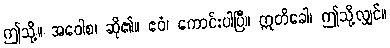
ဤသို့။ အဝေါစ၊ ဆို၏။ ဧဝံ၊ ကောင်းပါပြီ။ ဣတိခေါ၊ ဤသို့လျှင်။